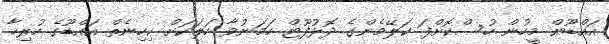
އައްޑޫން މީހުން ހުސްކޮށްފަ ކަލޭމެންގެ ދޮޅުފޫޓް ހަމަނުވާ ހަލަކަށް ކިހިނެތް އައްޑޫގެ ހުރިހާ